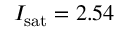
I _ { \mathrm { s a t } } = 2 . 5 4